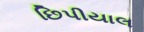
છિપીયાલ